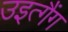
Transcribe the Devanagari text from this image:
उइत्गैंग